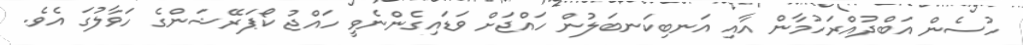
ހުސެން އަބްދުއްރަހުމާން އާއި އަނބިކަނބަލުން ހައްޖަށް ވަޑައިގެންނެވީ ހައްޖު ކޯޕަރޭޝަންގެ ހަވާލުގަ އެވެ.